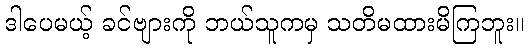
ဒါပေမယ့် ခင်ဗျားကို ဘယ်သူကမှ သတိမထားမိကြဘူး။